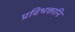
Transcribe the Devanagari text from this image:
प्रविभक्तानि